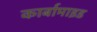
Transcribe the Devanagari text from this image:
कार्बामाइड